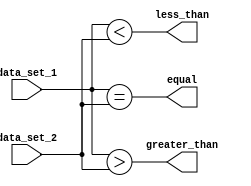
module parallel_comparator (
    input [7:0] data_set_1,
    input [7:0] data_set_2,
    output reg greater_than,
    output reg less_than,
    output reg equal
);

always @ (*) begin
    greater_than = (data_set_1 > data_set_2);
    less_than = (data_set_1 < data_set_2);
    equal = (data_set_1 == data_set_2);
end

endmodule